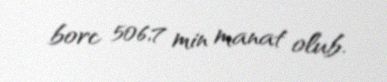
borc 506,7 min manat olub.